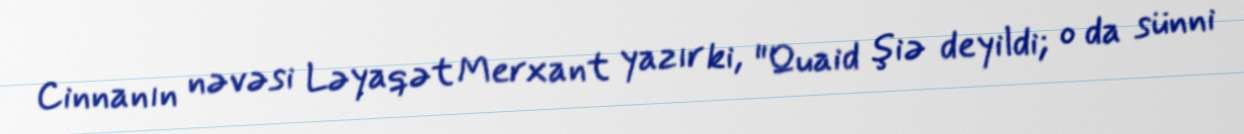
Cinnanın nəvəsi Ləyaqət Merxant yazır ki, "Quaid şiə deyildi; o da sünni